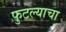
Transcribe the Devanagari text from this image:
फुटल्याचा